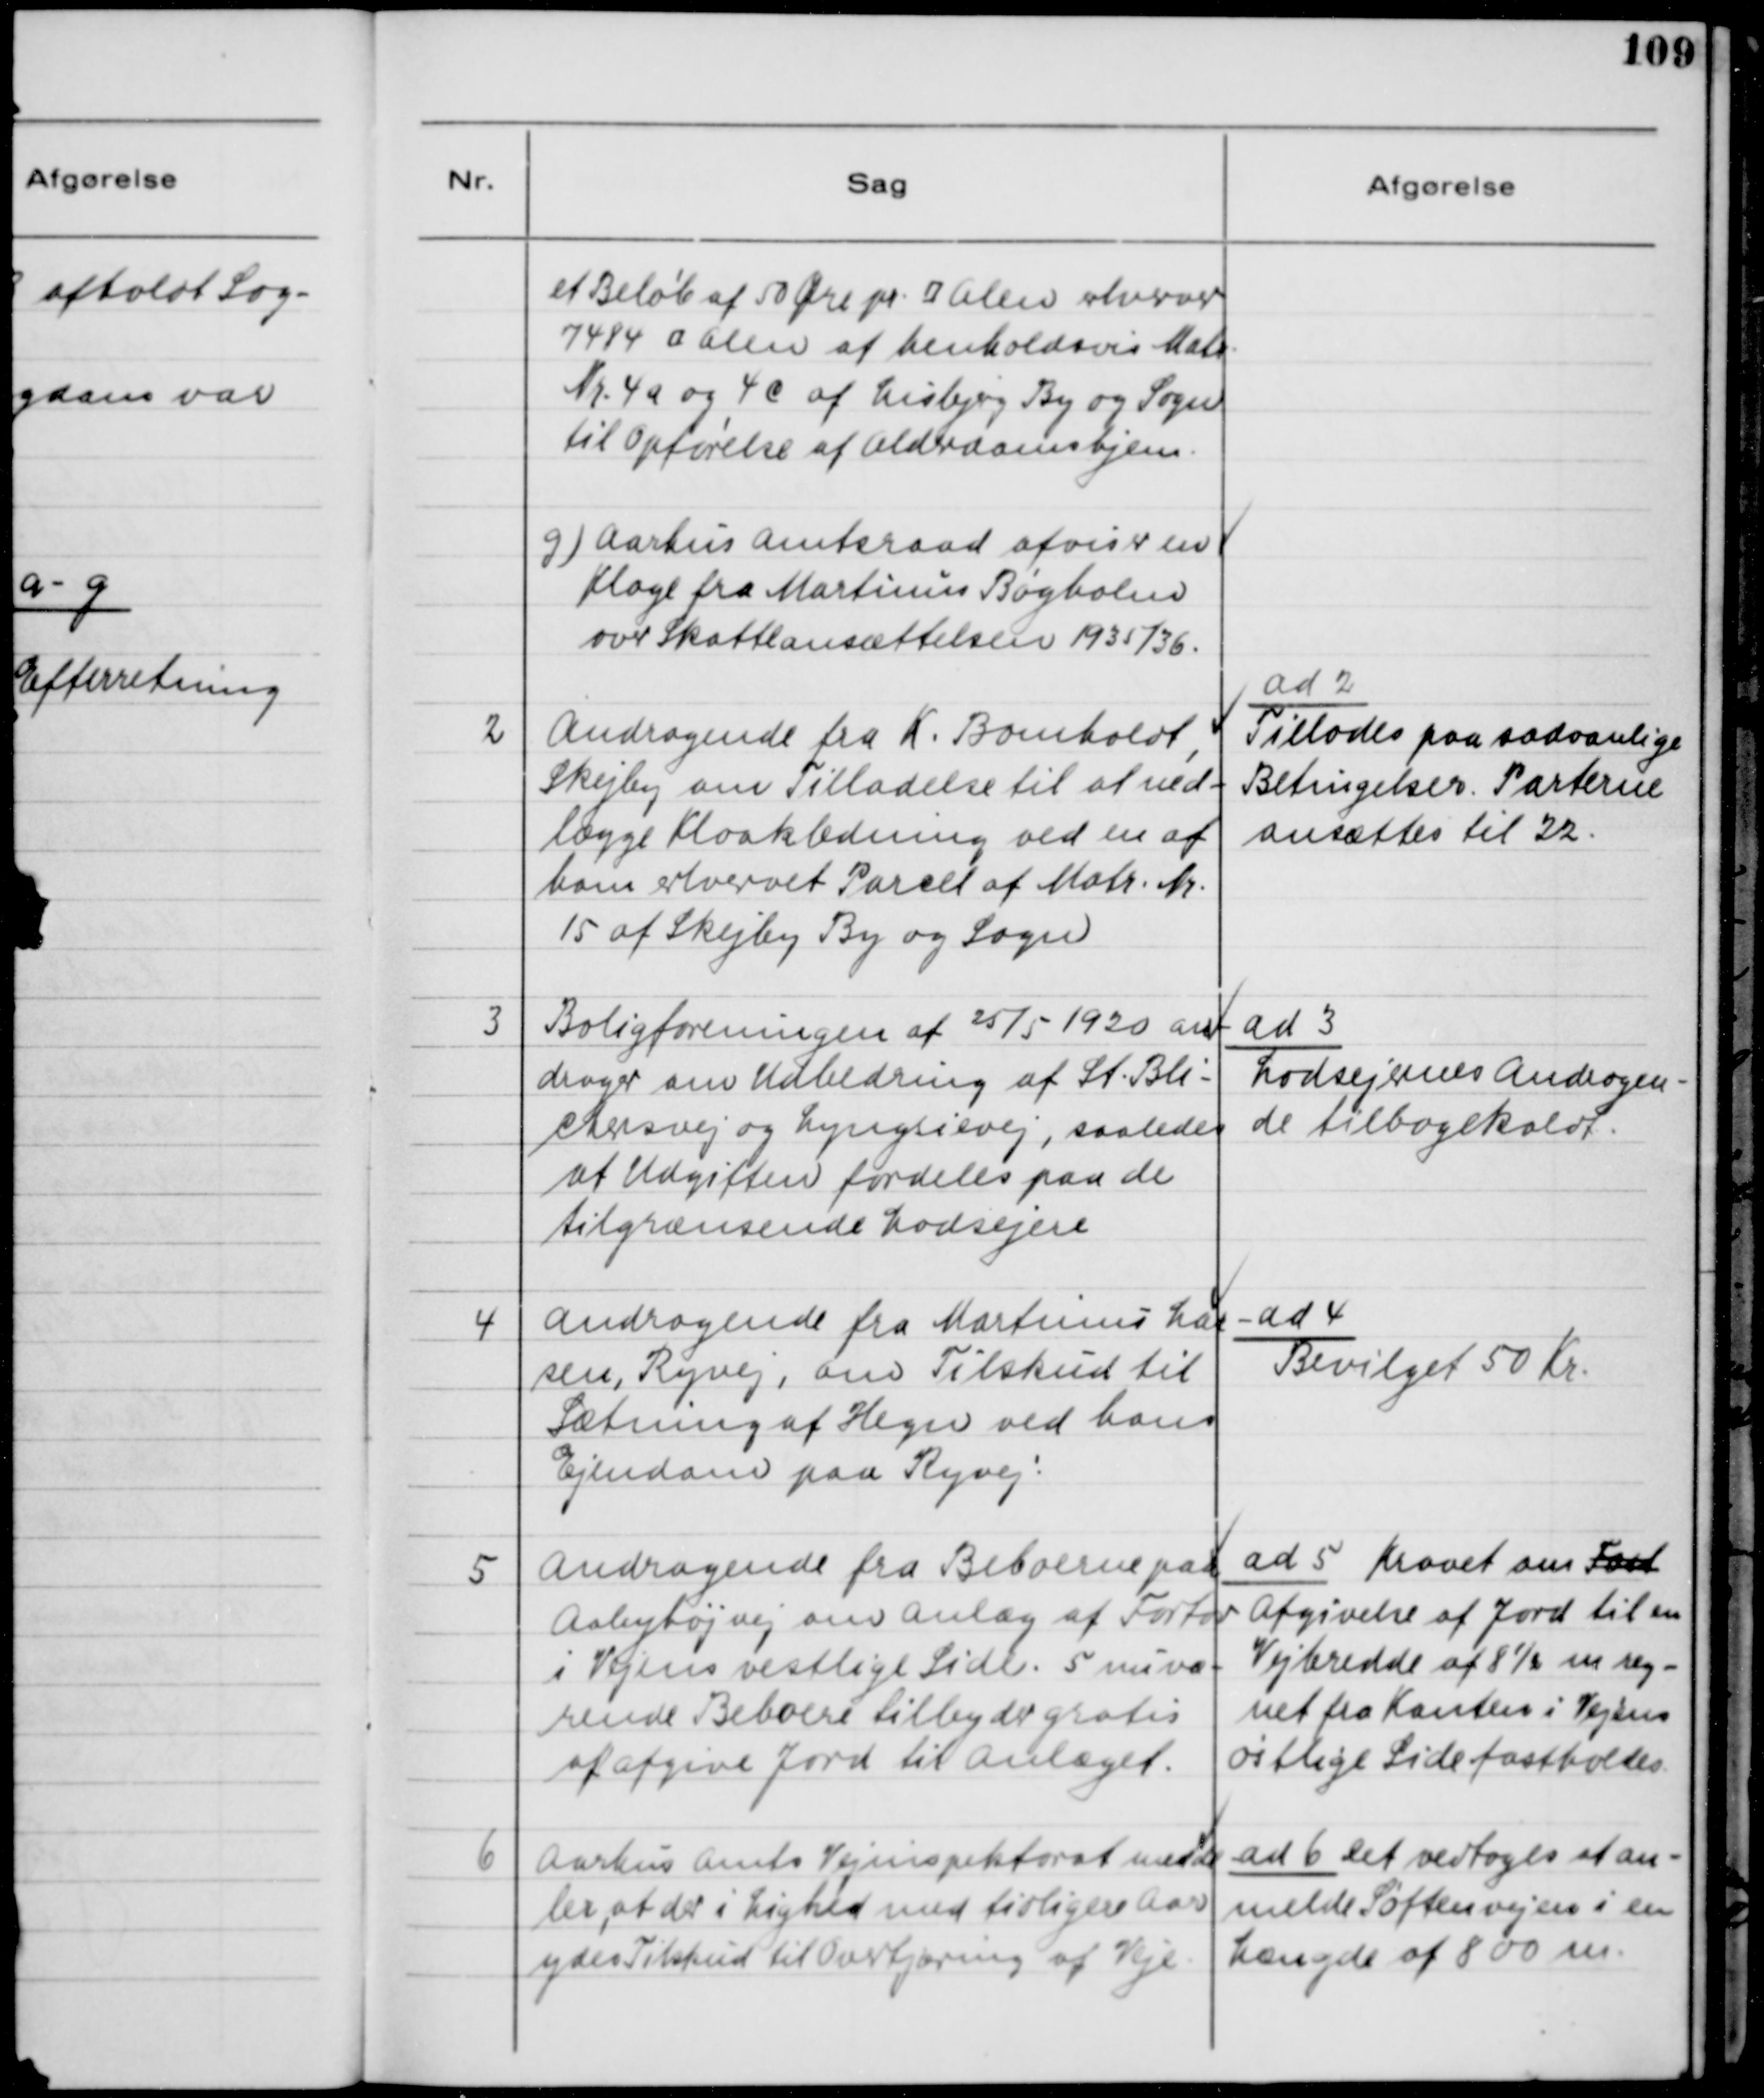
Transskription:
et Beløb af 50 Øre pr 👁len
7484 👁len af henholdsvis Matr.
Nr. 4a og 4c af Lisbjerg By og Sogn
til Opførelse af Alderdomshjem.
g) Aarhus Amtsraad afviser en 
Klage fra Martinus Bøgholm
over Skatteansættelsen 1935/36.
2
Andragende fra K. Bomholdt,
Skejby om Tilladelse til at ned-
lægge Kloakledning ved en af 
hans erhvervet Parcel af Matr. Nr.
15 af Skejby By og Sogn
ad. 2
Tillades paa sædvanlige
Betingelser. Parterne
ansættes til 22.
3
Boligforeningen af 25/5 1920 an-
drager om Udbedring af St. Bli-
chersvej og Lyngsievej, saaledes
at Udgiften fordeles paa de
tilgrænsende Lodsejere
ad 3
Lodsejernes Andragen-
de tilbagekaldt.
4
Andragende fra Martinus Lar-
sen, Ryvej, om Tilskud til
Sætning af Hegn ved hans
Ejendom paa Ryvej.
ad 4
Bevilget 50 Kr.
5
Andragende fra Beboerne paa
Aabyvej om anlæg af Fortov
i Vejens vestlige Side. 5 nuvæ-
rende Beboere tilbyder gratis
at afgive Jord til anlæget.
ad 5 Kravet om Fast
Afgivelse af Jord til en
Vejbredde af 8½ m reg- 
net fra Kanten i Vejens
østlige Side fastholdes.
6
Aarhus Amts Vejinspektorat medde
ler, at der i Lighed med tidligere Aar
ydes Tilskud til Overtjæring af Veje.
ad 6 det vedtoges at an-
melde Søftenvejen i en
længde af 800 m.